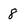
Character: 8